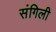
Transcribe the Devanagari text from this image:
संगिली